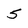
Character: 5